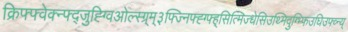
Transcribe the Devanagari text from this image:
क्रिफ्फ्वेक्न्फ्द्जुह्ग्विओल्स्ग्र्म्३फ्ज्निफ्ह्ग्फ्ह्सित्मिज्धेसिउथ्मिदुग्भ्फिउघिउफ्व्न्य्